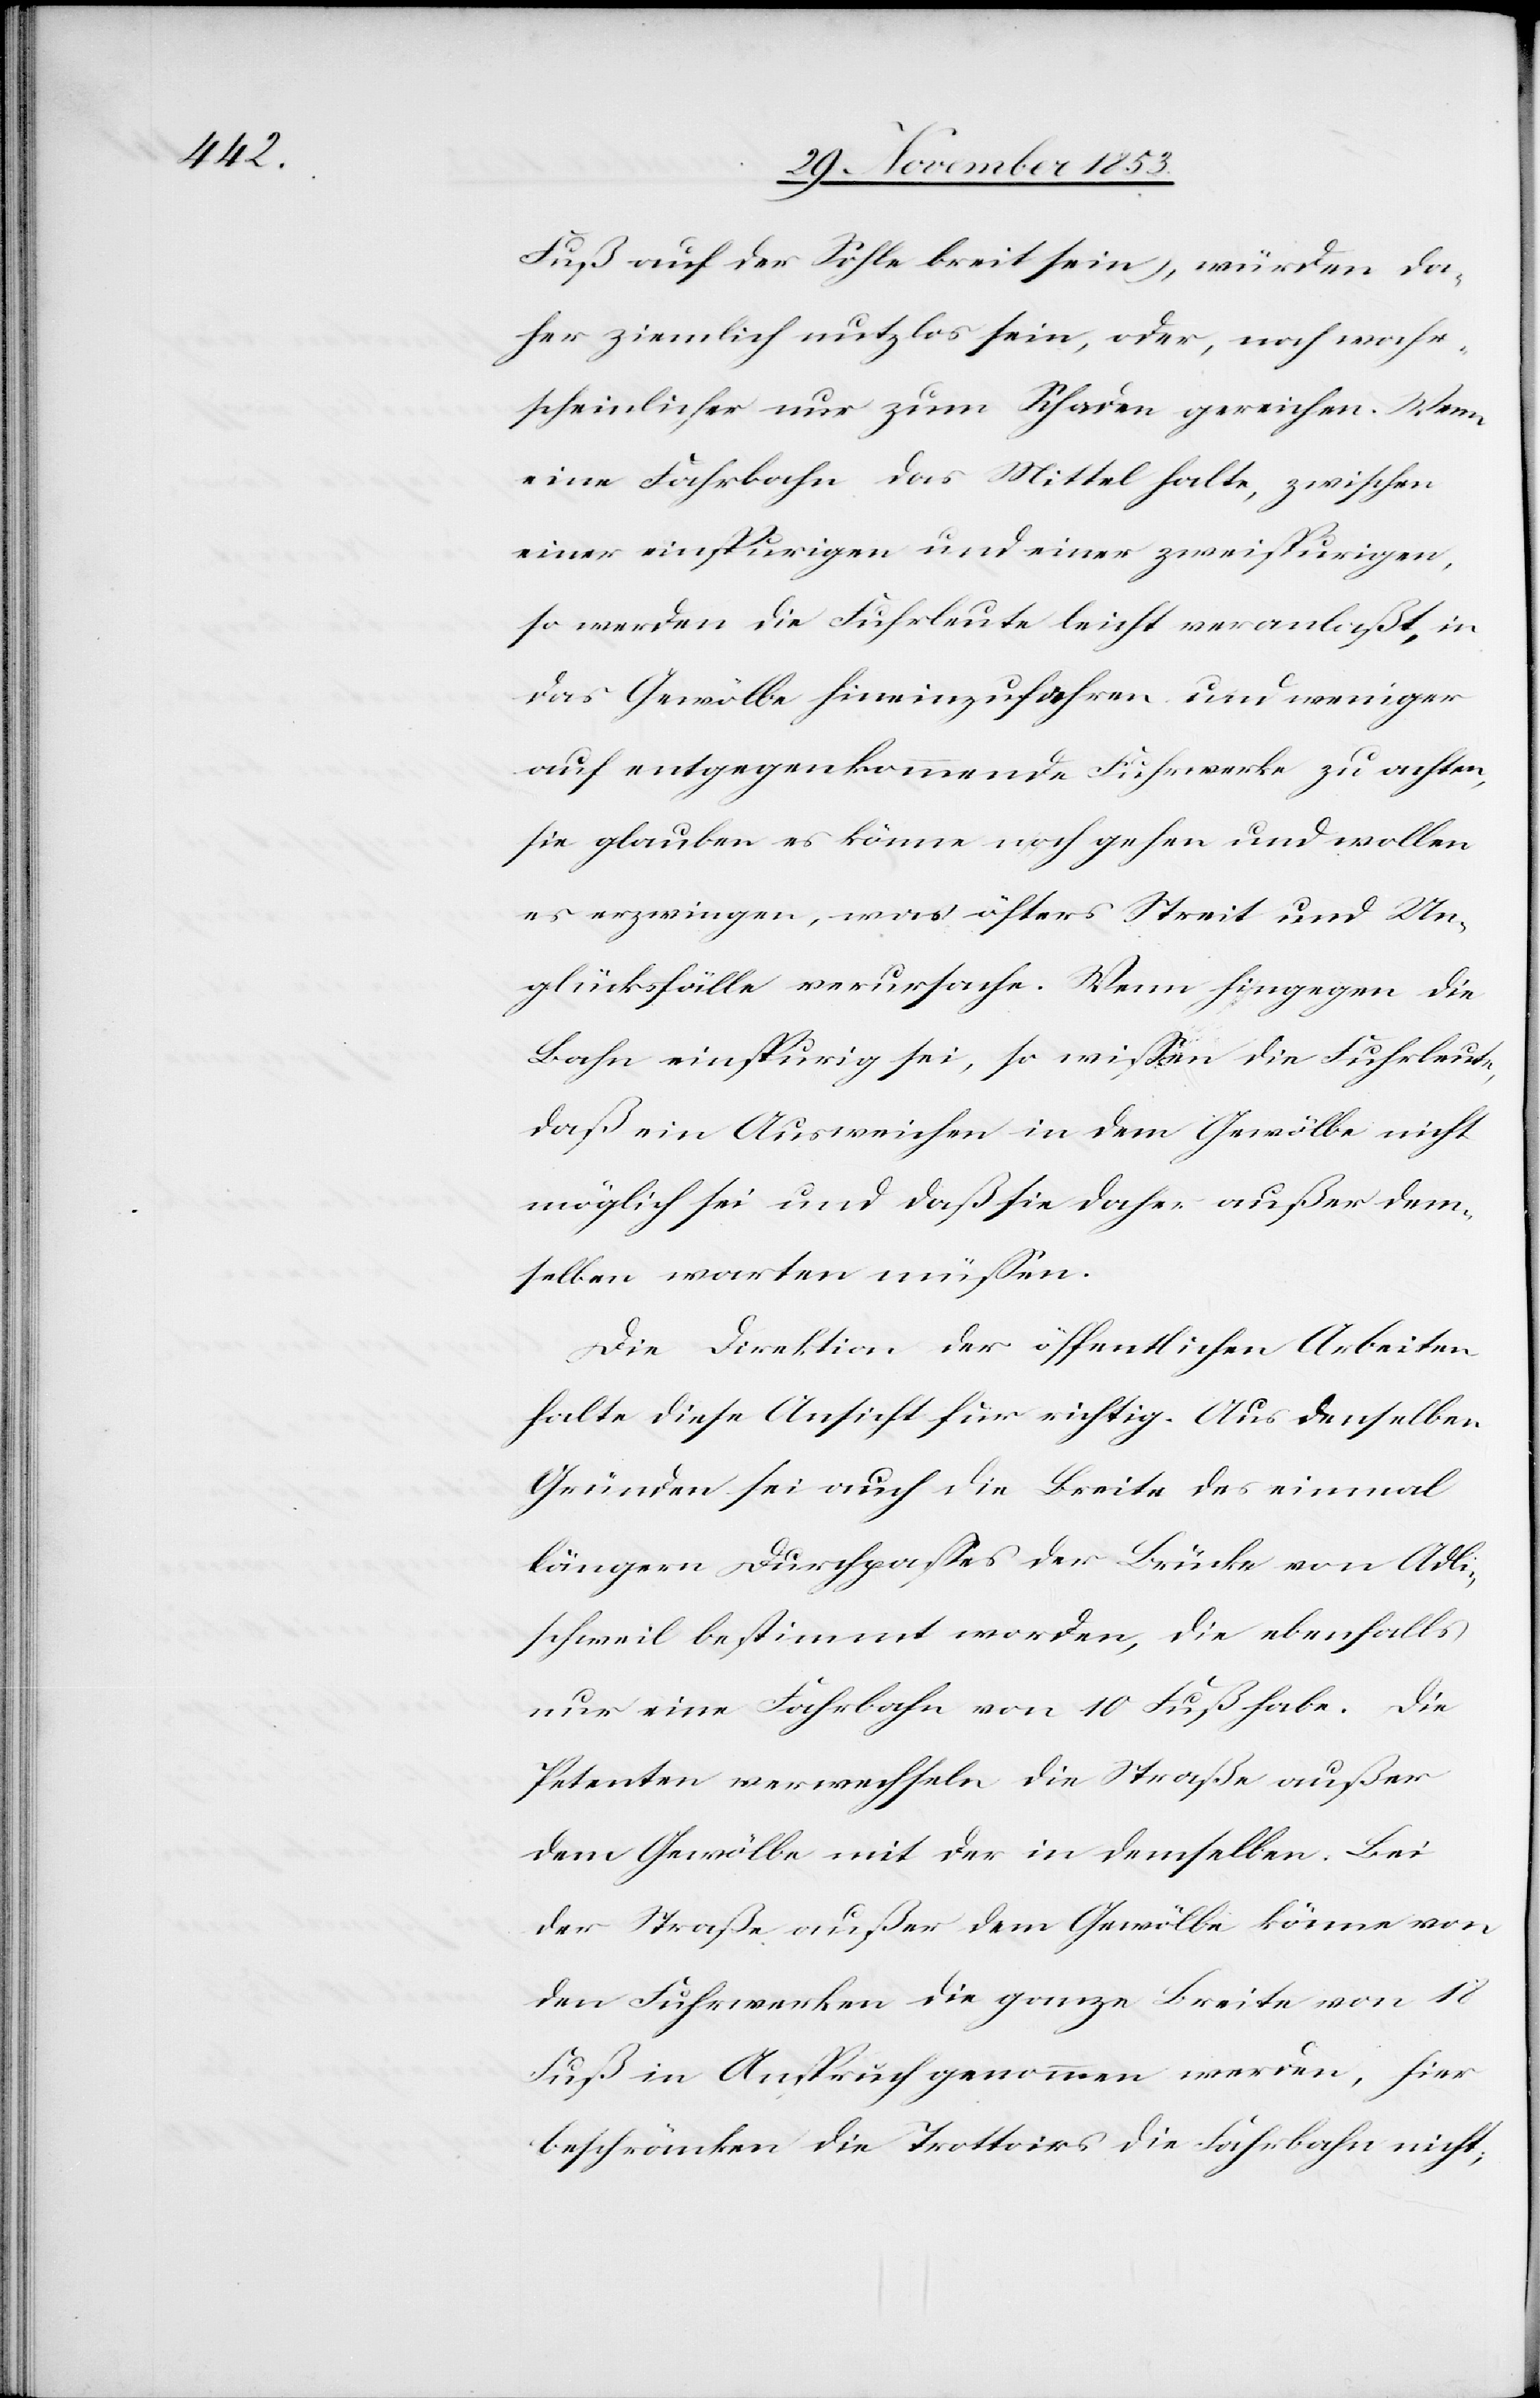
Fuß auf der Sohle breit sein), würden da¬
her ziemlich nutzlos sein, oder, noch wahr¬
scheinlicher nur zum Schaden gereichen. Wenn
eine Fahrbahn das Mittel halte, zwischen
einer einspurigen und einer zweispurigen,
so werden die Fuhrleute leicht veranlaßt, in
das Gewölbe hineinzufahren, und weniger
auf entgegenkommende Fuhrwerke zu achten,
sie glauben es könne noch gehen und wollen
es erzwingen, was öfters Streit und Un¬
glücksfälle verursache. Wenn hingegen die
Bahn einspurig sei, so wißen die Fuhrleute,
daß ein Ausweichen in dem Gewölbe nicht
möglich sei und daß sie daher außer dem¬
selben warten müßen.
Die Direktion der öffentlichen Arbeiten
halte diese Aussicht für richtig. Aus denselben
Gründen sei auch die Breite des einmal
längern Durchpaßes der Brücke von Adli¬
schweil bestimmt worden, die ebenfalls
nur eine Fahrbahn von 10 Fuß habe. Die
Petenten verwechseln die Straße außer
dem Gewölbe mit der in demselben. Bei
der Straße außer dem Gewölbe könne von
den Fuhrwerken die ganze Breite von 18
Fuß in Anspruch genommen werden, hier
beschränken die Trottoirs die Fahrbahn nicht,